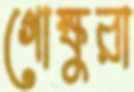
গোক্ষুরা